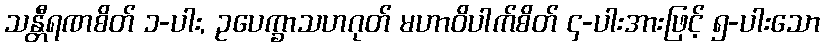
သန္တီရဏစိတ် ၁-ပါး, ဥပေက္ခာသဟဂုတ် မဟာဝိပါက်စိတ် ၄-ပါးအားဖြင့် ၅-ပါးသော